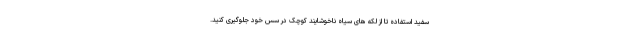
سفید استفاده تا از لکه های سیاه ناخوشایند کوچک در سس خود جلوگیری کنید.